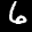
Label: 6